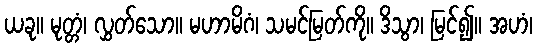
ယခု။ မုတ္တံ၊ လွှတ်သော။ မဟာမိဂံ၊ သမင်မြတ်ကို။ ဒိသွာ၊ မြင်၍။ အဟံ၊